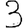
Digit: 3